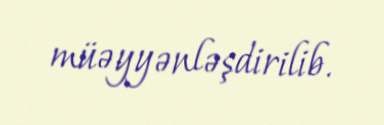
müəyyənləşdirilib.